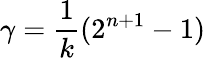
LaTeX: \gamma={\frac{1}{k}}(2^{n+1}-1)